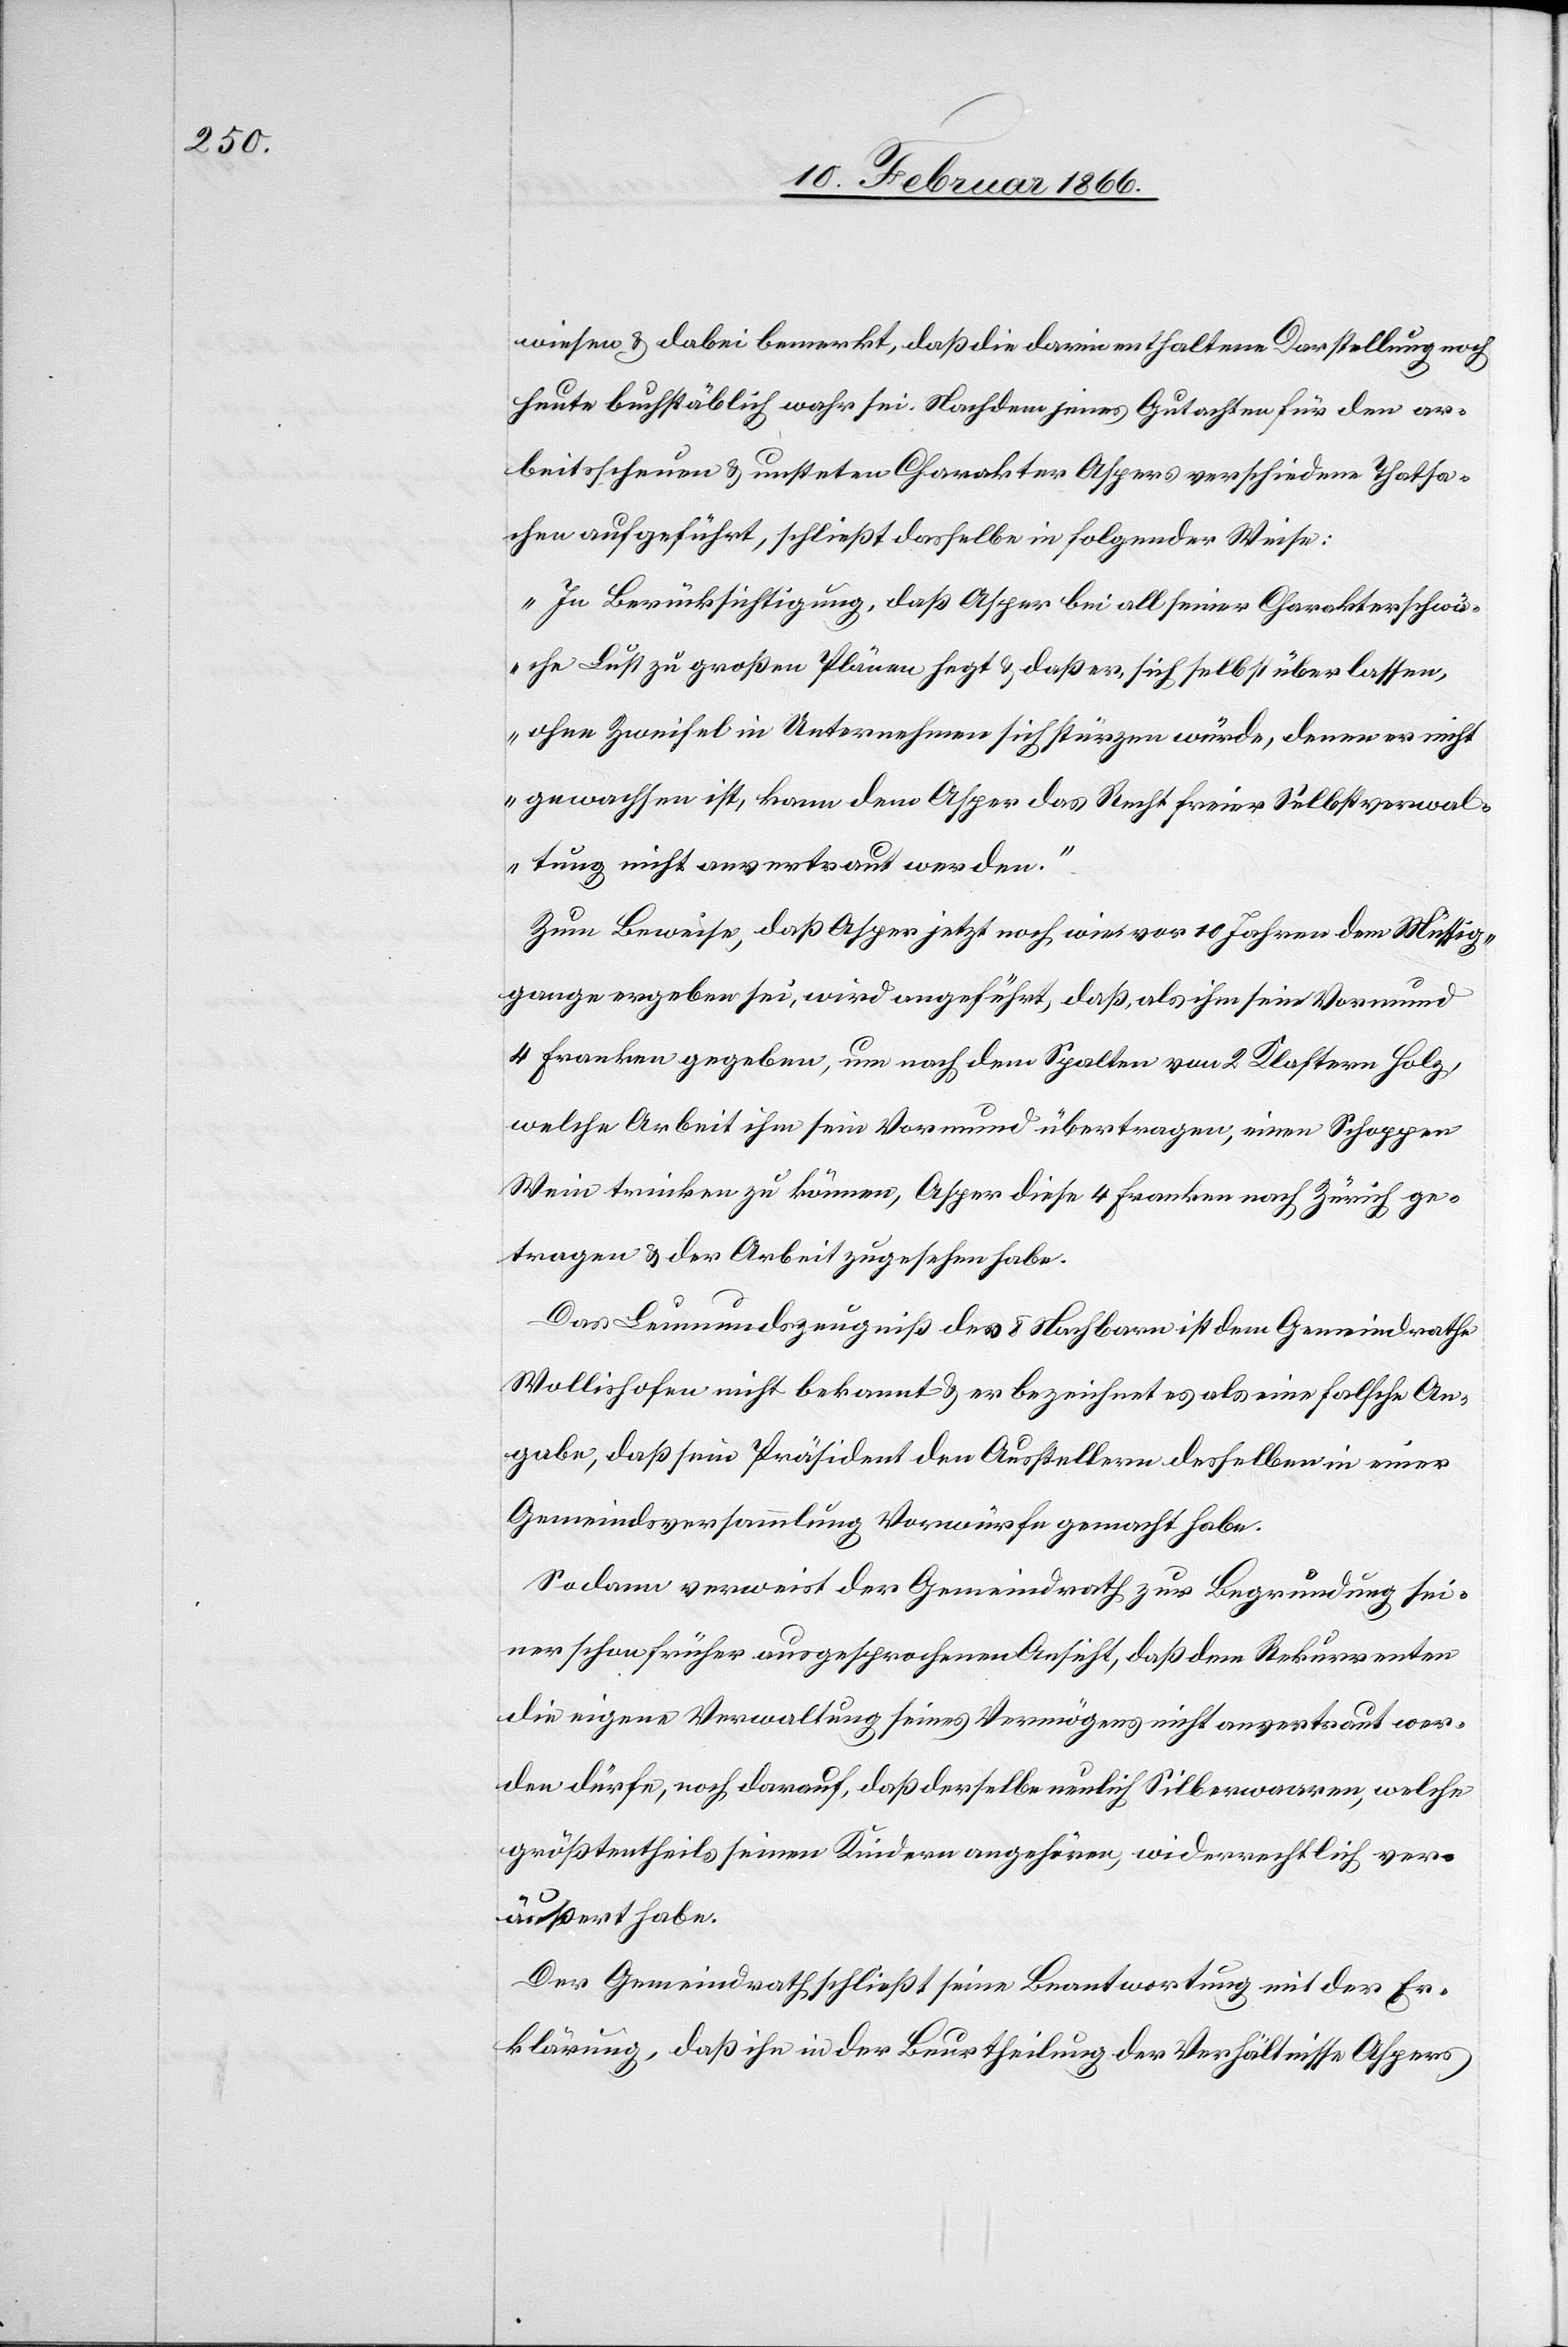
wiesen u. dabei bemerkt, daß die darin enthaltene Darstellung noch
heute buchstäblich wahr sei. Nachdem jenes Gutachten für den ar¬
beitsscheuen u. unsteten Charakter Aspers verschiedene Thatsa¬
chen aufgeführt, schließt dasselbe in folgender Weise:
„In Berücksichtigung, daß Asper bei all seiner Charakterschwä¬
che Lust zu großen Plänen hegt u. daß er, sich selbst überlassen,
ohne Zweifel in Unternehmen sich stürzen würde, denen er nicht
gewachsen ist, kann dem Asper das Recht freier Selbstverwal¬
tung nicht anvertraut werden.“
Zum Beweise, daß Asper jetzt noch, wie vor 10 Jahren dem Müssig¬
gange ergeben sei, wird angeführt, daß, als ihm sein Vormund
4 Franken gegeben, um nach dem Spalten von 2 Klaftern Holz,
welche Arbeit ihm sein Vormund übertragen, einen Schoppen
Wein trinken zu können, Asper diese 4 Franken nach Zürich ge¬
tragen u. der Arbeit zugesehen habe.
Das Leumundszeugniß der 8 Nachbarn ist dem Gemeindrathe
Wollishofen nicht bekannt u. er bezeichnet es als eine falsche An¬
gabe, daß sein Präsident den Austellern desselben in einer
Gemeindsversammlung Vorwürfe gemacht habe.
Sodann verweist der Gemeindrath zur Begründung sei¬
ner schon früher ausgesprochenen Ansicht, daß dem Rekurrenten
die eigene Verwaltung seines Vermögens nicht anvertraut wer¬
den dürfe, noch darauf, daß derselbe neulich Silberwaaren, welche
größtentheils seinen Kindern angehören, widerrechtlich ver¬
äußert habe.
Der Gemeindrath schließt seine Beantwortung mit der Er¬
klärung, daß ihn in der Beurtheilung der Verhältnisse Aspers